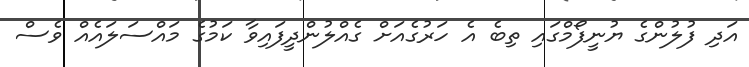
އަދި ފުލުންގެ ޔުނީފޯމްގައި ތިބެ އެ ހަރުގެއަށް ގެއްލުންދީފައިވާ ކަމުގެ މައްސަލައެއް ވެސް